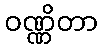
ဝဏ္ဏိတာ